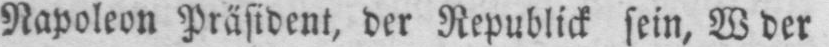
Napoleon Präsident, der Republick sein, W der